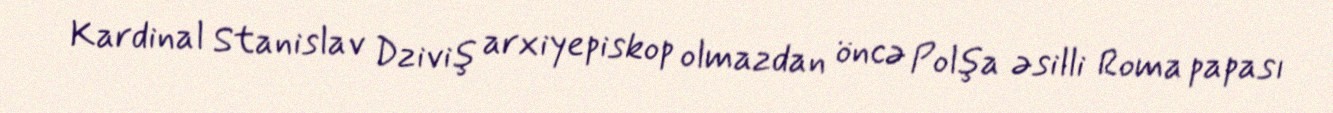
Kardinal Stanislav Dziviş arxiyepiskop olmazdan öncə Polşa əsilli Roma papası